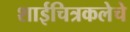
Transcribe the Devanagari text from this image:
शाईचित्रकलेचे